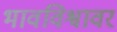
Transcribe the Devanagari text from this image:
भावविश्वावर